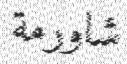
شاورمة